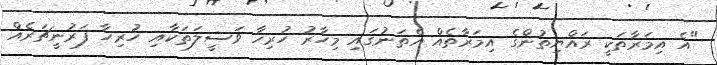
"އެ އިމަރާތަކީ ރައްޔިތުންގެ އިމަރާތެއް އެތަނުގައި މިހާރު ހުރިހާ ވަސީލަތަކާއި ހުރިހާ ފަރުނީޗަރެއް